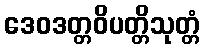
ဒေဝဒတ္တဝိပတ္တိသုတ္တံ